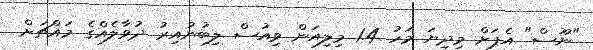
"ނޫސް" އެޕަށް މިދިޔަ މަހު 1.4 މިލިއަން ވިއުސް ލިބުނުއިރު ދުވާލެއްގެ މައްޗަށް